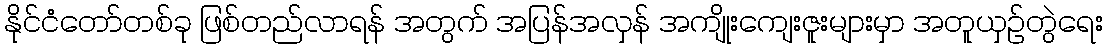
နိုင်ငံတော်တစ်ခု ဖြစ်တည်လာရန် အတွက် အပြန်အလှန် အကျိုးကျေးဇူးများမှာ အတူယှဉ်တွဲရေး